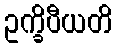
ဥက္ခိပီယတိ